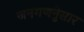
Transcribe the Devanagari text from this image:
जनगणनेुसार